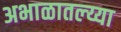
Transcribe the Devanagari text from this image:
अभाळातल्य्या